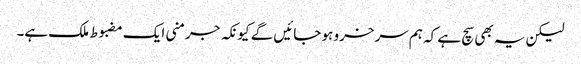
لیکن یہ بھی سچ ہے کہ ہم سرخرو ہو جائیں گے کیونکہ جرمنی ایک مضبوط ملک ہے۔